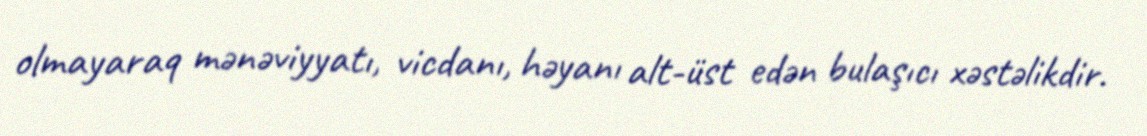
olmayaraq mənəviyyatı, vicdanı, həyanı alt-üst edən bulaşıcı xəstəlikdir.